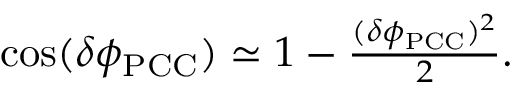
\begin{array} { r } { \cos ( \delta \phi _ { \mathrm { P C C } } ) \simeq 1 - \frac { ( \delta \phi _ { \mathrm { P C C } } ) ^ { 2 } } { 2 } . } \end{array}